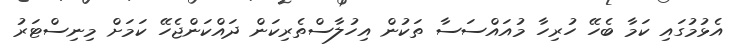
އެޅުމުގައި ކަމާ ބެހޭ ހުރިހާ މުއައްސަސާ ތަކުން އިހުލާސްތެރިކަން ދައްކަންޖެހޭ ކަމަށް މިނިސްޓަރު